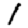
Digit: 1